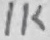
Text: 1K